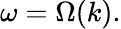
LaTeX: \omega=\Omega(k).